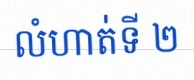
លំហាត់ទី ២